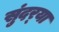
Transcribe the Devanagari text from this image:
सुंदर्‍या